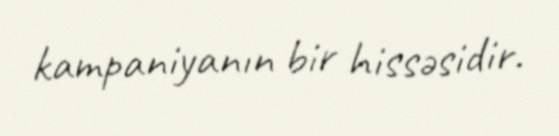
kampaniyanın bir hissəsidir.